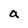
Character: a